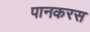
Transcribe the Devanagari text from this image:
पानकरस